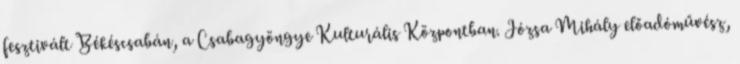
fesztivált Békéscsabán, a Csabagyöngye Kulturális Központban. Józsa Mihály előadóművész,